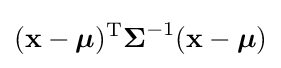
({\mathbf {x} }-{\boldsymbol {\mu }})^{\mathrm {T} }{\boldsymbol {\Sigma }}^{-1}({\mathbf {x} }-{\boldsymbol {\mu }})